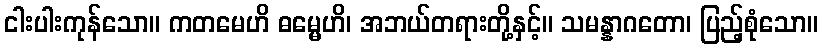
ငါးပါးကုန်သော။ ကတမေဟိ ဓမ္မေဟိ၊ အဘယ်တရားတို့နှင့်။ သမန္နာဂတော၊ ပြည့်စုံသော။